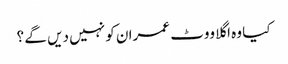
کیا وہ اگلا ووٹ عمران کو نہیں دیں گے ؟